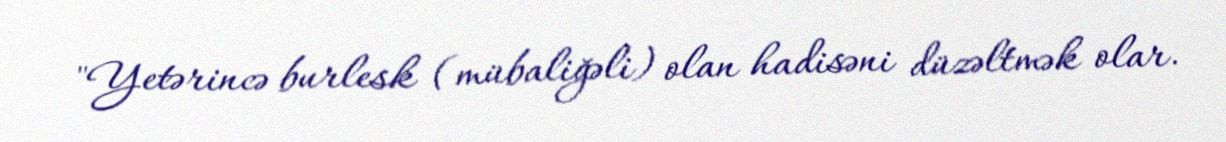
"Yetərincə burlesk (mübaliğəli) olan hadisəni düzəltmək olar.